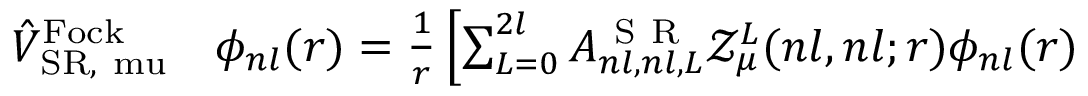
\begin{array} { r l } { \hat { V } _ { \mathrm { S R , \ m u } } ^ { \mathrm { F o c k } } } & { { } \phi _ { n l } ( r ) = \frac { 1 } { r } \left[ \sum _ { L = 0 } ^ { 2 l } A _ { n l , n l , L } ^ { \mathrm { ~ S ~ R ~ } } \mathcal { Z } _ { \mu } ^ { L } ( n l , n l ; r ) \phi _ { n l } ( r ) \right. } \end{array}